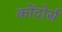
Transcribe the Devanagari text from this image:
कोंदोर्स